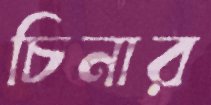
চিনার